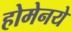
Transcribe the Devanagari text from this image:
होमेनये